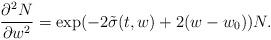
LaTeX: \begin{align*}\frac{\partial^2 N}{\partial w^2}= \exp(-2\tilde\sigma(t,w)+2(w-w_0)) N.\end{align*}